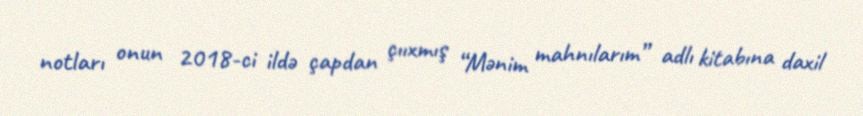
notları onun 2018-ci ildə çapdan çııxmış “Mənim mahnılarım” adlı kitabına daxil